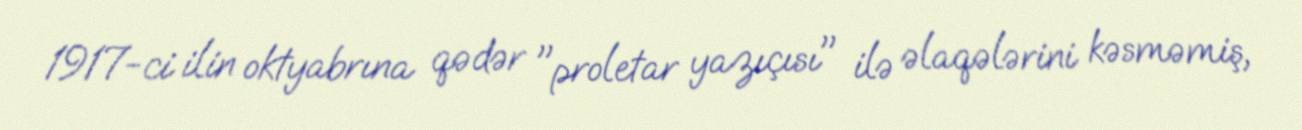
1917-ci ilin oktyabrına qədər "proletar yazıçısı" ilə əlaqələrini kəsməmiş,